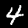
Digit: 4